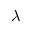
\lambda